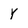
Character: Y